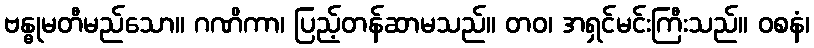
ဗန္ဓုမတီမည်သော။ ဂဏိကာ၊ ပြည့်တန်ဆာမသည်။ တဝ၊ အရှင်မင်းကြီးသည်။ ဝစနံ၊